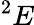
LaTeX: ^2E